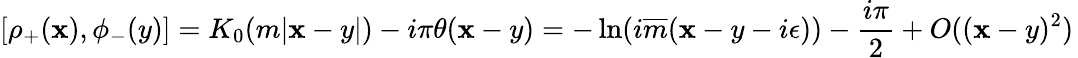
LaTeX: [\rho_{+}(\mathbf{x}),\phi_{-}(y)]=K_{0}(m|\mathbf{x}-y|)-i\pi\theta(\mathbf{x}-y)=-\ln(i\overline{{{{m}}}}(\mathbf{x}-y-i\epsilon))-\frac{{i\pi}}{{2}}+O((\mathbf{x}-y)^{2})\,